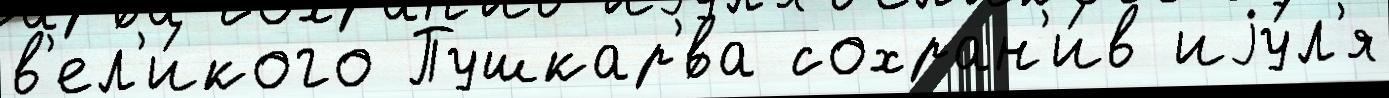
в'ел'и́кого Пушкар'́ва сохран'и́в иjу́л'я